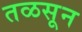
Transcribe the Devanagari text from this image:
तळसून